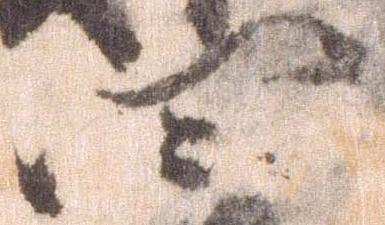
四